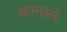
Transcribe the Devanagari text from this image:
कानाले